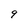
Character: 9